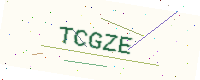
Text: TCGZE